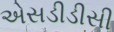
એસડીડીસી